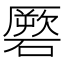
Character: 𥕳